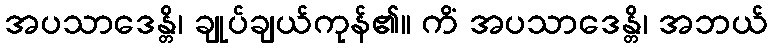
အပသာဒေန္တိ၊ ချုပ်ချယ်ကုန်၏။ ကိံ အပသာဒေန္တိ၊ အဘယ်